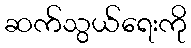
ဆက်သွယ်ရေးကို